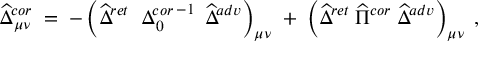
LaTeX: \widehat { \Delta } _ { \mu \nu } ^ { c o r } \; = \; - \left( \widehat { \Delta } ^ { r e t } \; \left. { \Delta } _ { 0 } ^ { c o r } \right. ^ { - 1 } \; \widehat { \Delta } ^ { a d v } \right) _ { \mu \nu } \; + \; \left( \widehat { \Delta } ^ { r e t } \; \widehat { \Pi } ^ { c o r } \; \widehat { \Delta } ^ { a d v } \right) _ { \mu \nu } \; ,